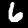
Digit: 6